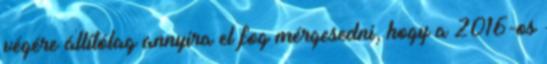
végére állítólag annyira el fog mérgesedni, hogy a 2016-os